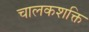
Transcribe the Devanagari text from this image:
चालकशक्ति